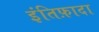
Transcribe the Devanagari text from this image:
इंतिफ़ादा